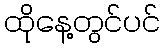
ထိုနေ့တွင်ပင်